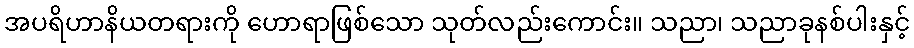
အပရိဟာနိယတရားကို ဟောရာဖြစ်သော သုတ်လည်းကောင်း။ သညာ၊ သညာခုနစ်ပါးနှင့်